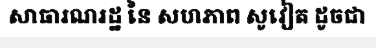
សាធារណរដ្ឋ នៃ សហភាព សូវៀត ដូចជា